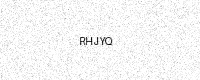
Text: RHJYQ